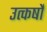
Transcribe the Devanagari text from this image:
उत्कर्षों